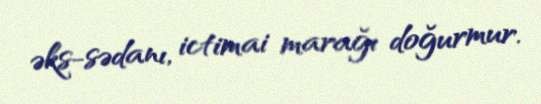
əks-sədanı, ictimai marağı doğurmur.